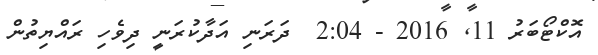
އޮކްޓޯބަރު 11